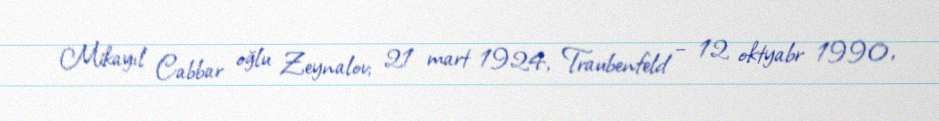
Mikayıl Cabbar oğlu Zeynalov; 21 mart 1924, Traubenfeld – 12 oktyabr 1990,